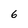
Character: 6